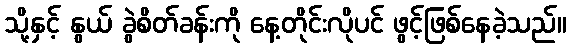
သို့နှင့် နွယ် ခွဲစိတ်ခန်းကို နေ့တိုင်းလိုပင် ဖွင့်ဖြစ်နေခဲ့သည်။